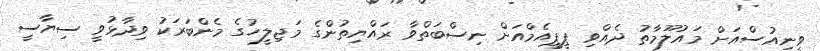
ވީނިއުސްއަށް މައުލޫމާތު ދެއްވި ޕީޕީއެމްއަށް ނިސްބަތްވާ ރައްޔިތުންގެ މަޖިލީހުގެ މެންބަރަކު ވިދާޅުވީ ސިޔާސީ